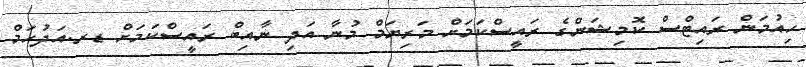
ހިއުމަން ރައިޓްސް ކޮމިޝަންގެ ރައީސްކަމަށް މަރިޔަމް މުނާ އަދި ނާއިބް ރައީސްކަމަށް ޑރ.އަދުހަމް